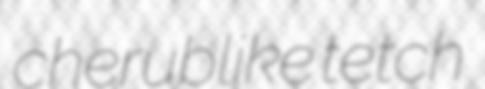
cherublike tetch